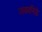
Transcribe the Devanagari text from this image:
जकानिडे